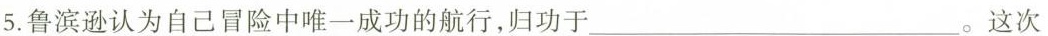
5.鲁滨逊认为自己冒险中唯一成功的航行，归功于___。这次